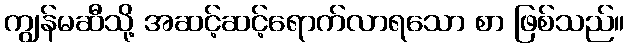
ကျွန်မဆီသို့ အဆင့်ဆင့်ရောက်လာရသော စာ ဖြစ်သည်။